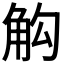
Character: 𮗣